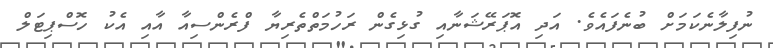
ނުފިލާނެކަމަށް ބުނެފައެވެ. އަދި އޮޕަރޭޝަނާއި ގުޅިގެން ރަހުމަތްތެރިޔާ ފްރެންސިއާ އާއި އެކު ހޮސްޕިޓަލް